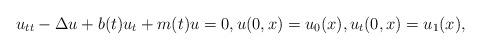
LaTeX: \begin{align*} u_{tt} - \Delta u + b(t)u_t + m(t) u =0,u(0,x)=u_0(x),u_t(0,x)=u_1(x),\end{align*}